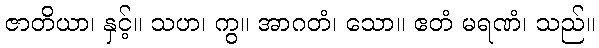
ဇာတိယာ၊ နှင့်။ သဟ၊ ကွ။ အာဂတံ၊ သော။ ဧတံ မရဏံ၊ သည်။